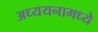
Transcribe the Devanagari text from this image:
अध्ययनामध्ये